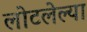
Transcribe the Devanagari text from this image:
लोटलेल्या